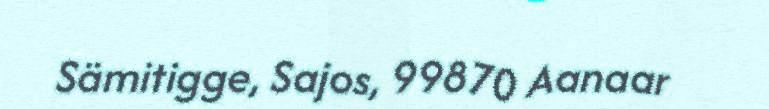
Sämitigge, Sajos, 99870 Aanaar